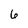
Character: 6